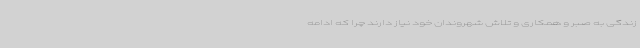
زندگی به صبر و همکاری و تلاش شهروندان خود نیاز دارند چرا که ادامه